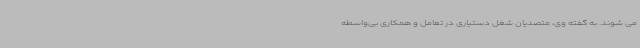
می شوند. به گفته وی، متصدیان شغل دستیاری در تعامل و همکاری بی‌واسطه